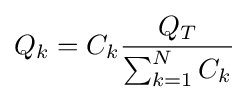
Q_{k}=C_{k}{Q_{T} \over \sum _{k=1}^{N}C_{k}}